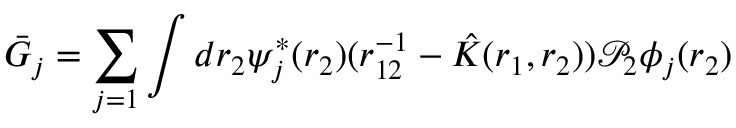
\bar { G } _ { j } = \sum _ { j = 1 } \int d \boldsymbol { r } _ { 2 } \psi _ { j } ^ { * } ( \boldsymbol { r } _ { 2 } ) ( r _ { 1 2 } ^ { - 1 } - \hat { K } ( \boldsymbol { r } _ { 1 } , \boldsymbol { r } _ { 2 } ) ) \mathcal { P } _ { 2 } \phi _ { j } ( \boldsymbol { r } _ { 2 } )